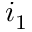
i _ { 1 }